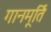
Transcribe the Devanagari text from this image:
गानमूर्ति